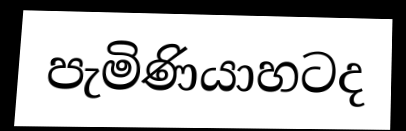
පැමිණියාහටද